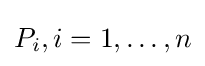
P_{i},i=1,\dots ,n